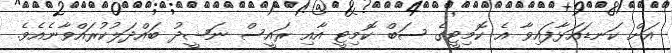
އަށް ކަނޑައަޅާފައިވާ އެ ކޮމިޓީގެ ސަބް ކޮމިޓީ އާއި ރައީސް ނަޝީދު ބައްދަލުކުރައްވާނެއެވެ.